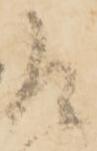
乍